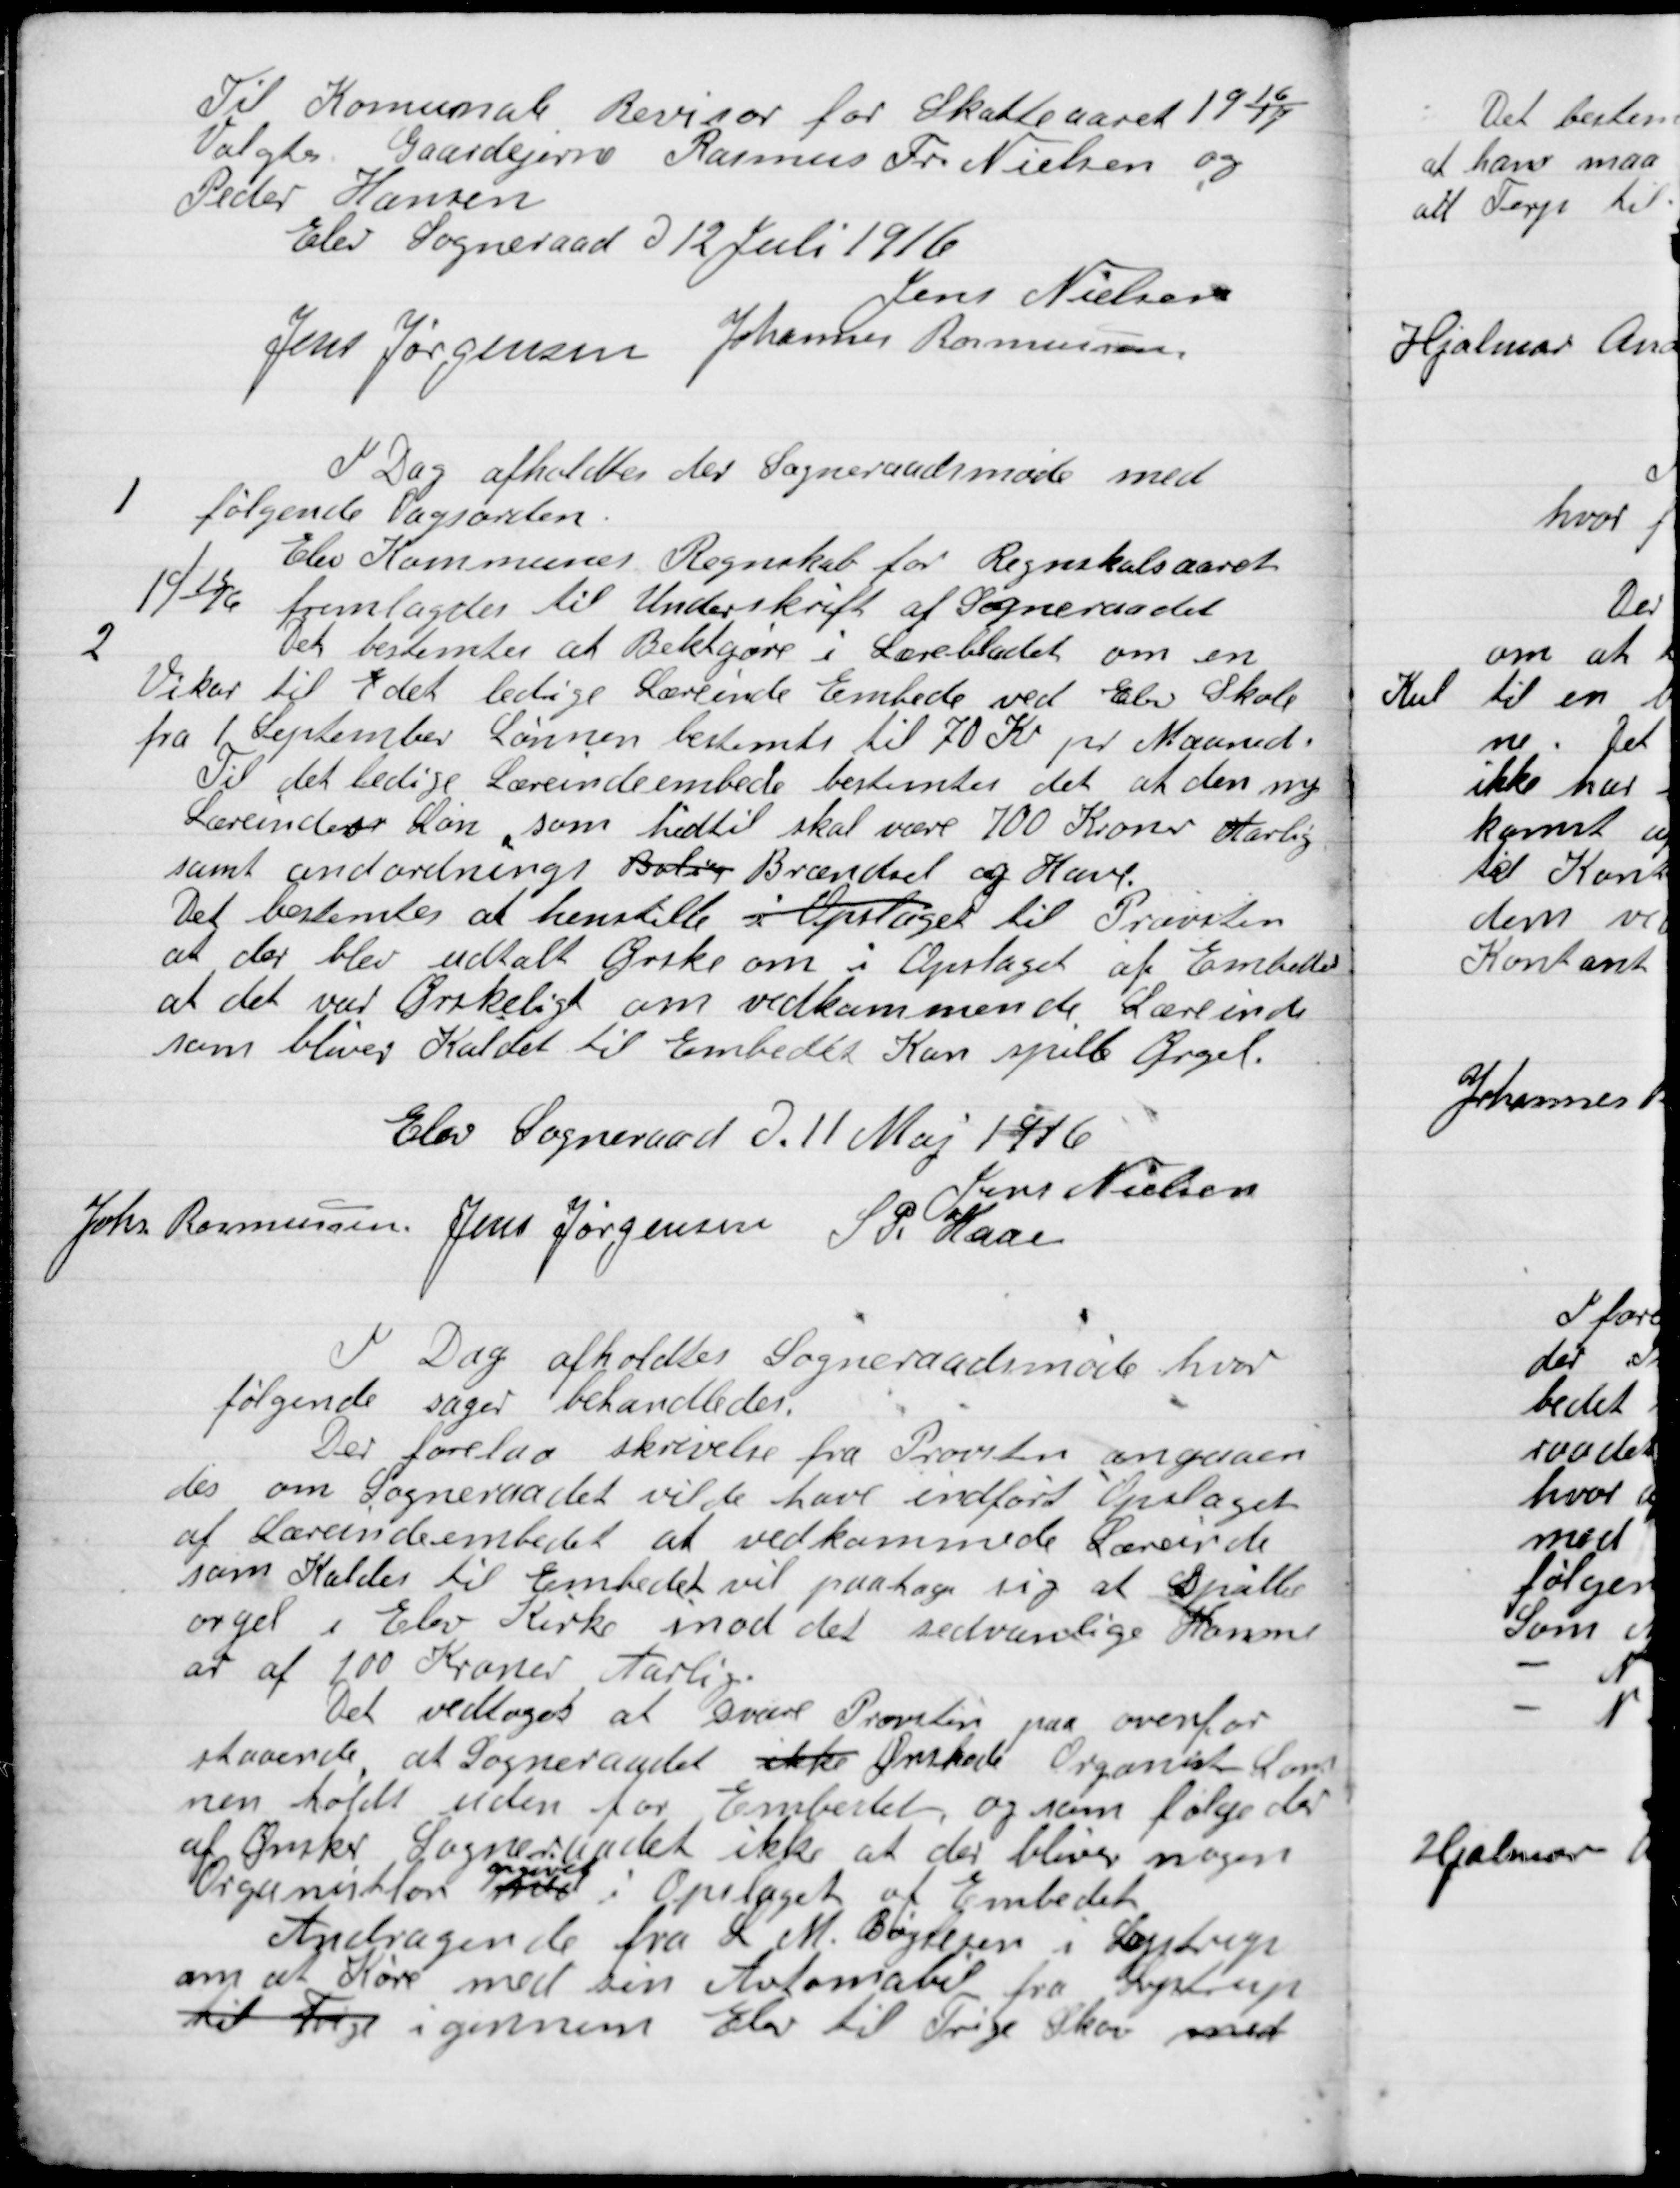
Transskription:
Til Kommunale Revisor for Skatteaaret 1916-17
Valgtes Gaardejer Rasmus Fr. Nielsen og
Peder Hansen.

Elev Sogneraad D. 12 Juli 1916

Jens Nielsen
Jens Jørgensen
Johannes Rasmussen

I Dag afholdtes der Sogneraadsmøde med
følgende Dagsorden.

1

Elevs Kommunes Regnskab for  Regnskabsaaret
1915-16 fremlagdes til Underskrift af Sogneraadet

2

Det bestemtes at Bekendtgøre i Lærerbladet om en
Vikar til det ledige Lærerinde Embede ved Elev Skole
fra 1. September Lønnen bestemtes til 70 Kr. pr. Maaned
Til det ledige Lærerindeembede bestemtes det at den ny
Lærerinde Løn som hidtil skal være 700 Kroner Aarlig
Samt andordnings Bolig Brændsel og Have.
Det bestemtes at henstille i Opslaget til Provsten
at der blev udtalt Ønske om i opslaget af Embedet
at det var Ønskeligt om vedkommende Lærerinde
som bliver Kaldet til Embedet Kan spille Orgel.

Elev Sogneraad D. 11 Maj 1916

Jens Nielsen
Johannes Rasmussen
Jens Jørgensen
S.P. Kaae

I Dag afholdtes Sogneraadsmøde med
følgende sager behandledes.

Der forelaa skrivelse fra Provsten angaaen-
des om Sogneraadet vilde have indført Opslaget
af Lærerindeembedet at vedkommende Lærerinde
som Kaldes til Embedet vil paatage sig at spille
orgel i Elev Kirke imod det sædvanlige Honor-
ar af 100 Kroner Aarlig.
Det vedtoges at svare Provsten paa ovenfor
staaende at Sogneraadet ikke Ønskede Organist Sam-
men holds uden for Embedet og som følge der
af Ønsker Sogneraadet ikke at der bliver nogen
Organistløn
opgivet
i Opslaget af Embedet.

Andragende fra L. M. Bøjesen i Lystrup
om at Køre med sin Automobil fra Lystrup
til Trige igennem Elev til Trige Skov med